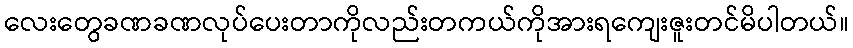
လေးတွေခဏခဏလုပ်ပေးတာကိုလည်းတကယ်ကိုအားရကျေးဇူးတင်မိပါတယ်။